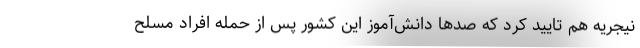
نیجریه هم تایید کرد که صدها دانش‌آموز این کشور پس از حمله افراد مسلح